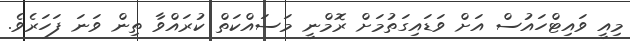
މިއީ ވައިޓްހައުސް އަށް ވަޑައިގަތުމަށް ރޮމްނީ މަސައްކަތް ކުރައްވާ ތިން ވަނަ ފަހަރެވެ.